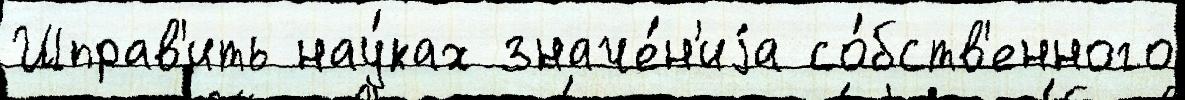
Шправ'ить нау́ках значе́н'иjа со́бств'енного